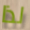
لذا